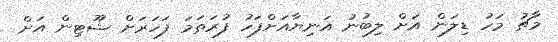
މާޗު މަހު ޑިލަން އަށް ލިބުނު އަނިޔާއަށްފަހު ފުރަތަމަ ފަހަރަށް ޝޫޓިން އަށް